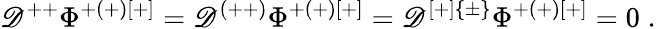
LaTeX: \mathscr{D}^{++}\Phi^{+(+)[+]}=\mathscr{D}^{(++)}\Phi^{+(+)[+]}=\mathscr{D}^{[+]\{ \pm\} }\Phi^{+(+)[+]}=0\; .